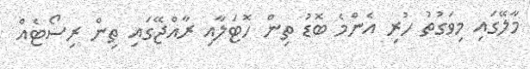
މާލޭގައި މިވަގުތު ހުރި އެންމެ ބޮޑު ތިން ހޮޓަލާއި ރާއްޖޭގައި ތިން ރިސޯޓެއް